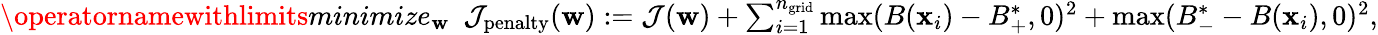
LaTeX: \begin{array}{r}{\operatornamewithlimits{minimize}_{\mathbf{w}}\ \ \mathcal{J}_{\mathrm{penalty}}(\mathbf{w}):=\mathcal{J}(\mathbf{w})+\sum_{i=1}^{{n_{\mathrm{grid}}}}\operatorname*{max}(B(\mathbf{x}_{i})-B_{+}^{*},0)^{2}+\operatorname*{max}(B_{-}^{*}-B(\mathbf{x}_{i}),0)^{2},}\end{array}